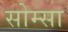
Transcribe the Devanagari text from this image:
सोम्सा